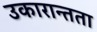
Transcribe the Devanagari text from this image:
उकारान्तता